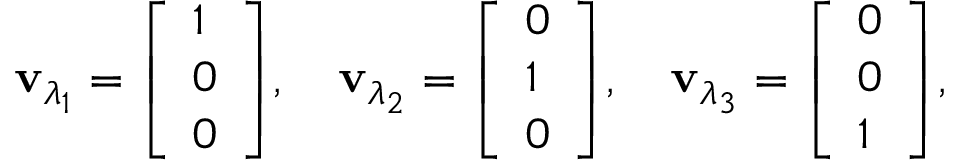
\mathbf { v } _ { \lambda _ { 1 } } = { \left[ \begin{array} { l } { 1 } \\ { 0 } \\ { 0 } \end{array} \right] } , \quad \mathbf { v } _ { \lambda _ { 2 } } = { \left[ \begin{array} { l } { 0 } \\ { 1 } \\ { 0 } \end{array} \right] } , \quad \mathbf { v } _ { \lambda _ { 3 } } = { \left[ \begin{array} { l } { 0 } \\ { 0 } \\ { 1 } \end{array} \right] } ,